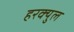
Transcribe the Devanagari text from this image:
हरक्युल